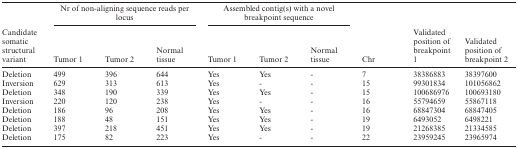
<table><thead><tr><td></td><td colspan="3"><b>Nr of non-aligning sequence reads per locus</b></td><td colspan="3"><b>Assembled contig(s) with a novel breakpoint sequence</b></td><td></td><td></td><td></td></tr><tr><td><b>Candidate somatic structural variant</b></td><td><b>Tumor 1</b></td><td><b>Tumor 2</b></td><td><b>Normal tissue</b></td><td><b>Tumor 1</b></td><td><b>Tumor 2</b></td><td><b>Normal tissue</b></td><td><b>Chr</b></td><td><b>Validated position of breakpoint 1</b></td><td><b>Validated position of breakpoint 2</b></td></tr></thead><tbody><tr><td>Deletion</td><td>499</td><td>396</td><td>644</td><td>Yes</td><td>Yes</td><td>-</td><td>7</td><td>38386883</td><td>38397600</td></tr><tr><td>Inversion</td><td>629</td><td>313</td><td>613</td><td>Yes</td><td>-</td><td>-</td><td>15</td><td>99301834</td><td>101056862</td></tr><tr><td>Deletion</td><td>348</td><td>190</td><td>339</td><td>Yes</td><td>Yes</td><td>-</td><td>15</td><td>100686976</td><td>100693180</td></tr><tr><td>Inversion</td><td>220</td><td>120</td><td>238</td><td>Yes</td><td>-</td><td>-</td><td>16</td><td>55794659</td><td>55867118</td></tr><tr><td>Deletion</td><td>186</td><td>96</td><td>208</td><td>Yes</td><td>Yes</td><td>-</td><td>16</td><td>68847304</td><td>68847405</td></tr><tr><td>Deletion</td><td>188</td><td>48</td><td>151</td><td>Yes</td><td>Yes</td><td>-</td><td>19</td><td>6493052</td><td>6498221</td></tr><tr><td>Deletion</td><td>397</td><td>218</td><td>451</td><td>Yes</td><td>Yes</td><td>-</td><td>19</td><td>21268385</td><td>21334585</td></tr><tr><td>Deletion</td><td>175</td><td>82</td><td>223</td><td>Yes</td><td>-</td><td>-</td><td>22</td><td>23959245</td><td>23965974</td></tr></tbody></table>